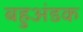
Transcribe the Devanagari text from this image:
बहुअंडक